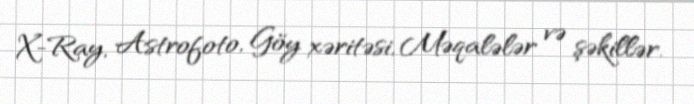
X-Ray, Astrofoto, Göy xəritəsi, Məqalələr və şəkillər.